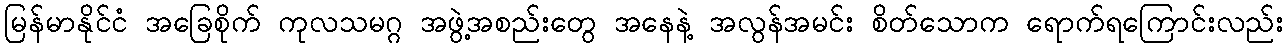
မြန်မာနိုင်ငံ အခြေစိုက် ကုလသမဂ္ဂ အဖွဲ့အစည်းတွေ အနေနဲ့ အလွန်အမင်း စိတ်သောက ရောက်ရကြောင်းလည်း